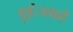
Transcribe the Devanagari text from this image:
हुई।सबसे